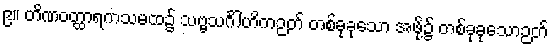
၉။ တိဏဝတ္ထာရကသမထ၌ သဗ္ဗသင်္ဂါဟိကဉတ် တစ်ခုခုသော အဖို့၌ တစ်ခုခုသောဉတ်